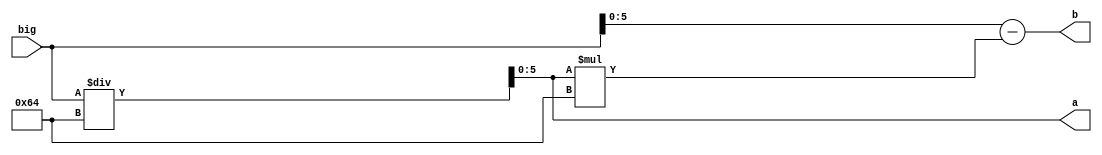
module big_to_tgb(input[13:0] big, output reg[5:0] a,b);
	always@(*) begin
		a = big/100;
		b = big-a*100;
	end
endmodule